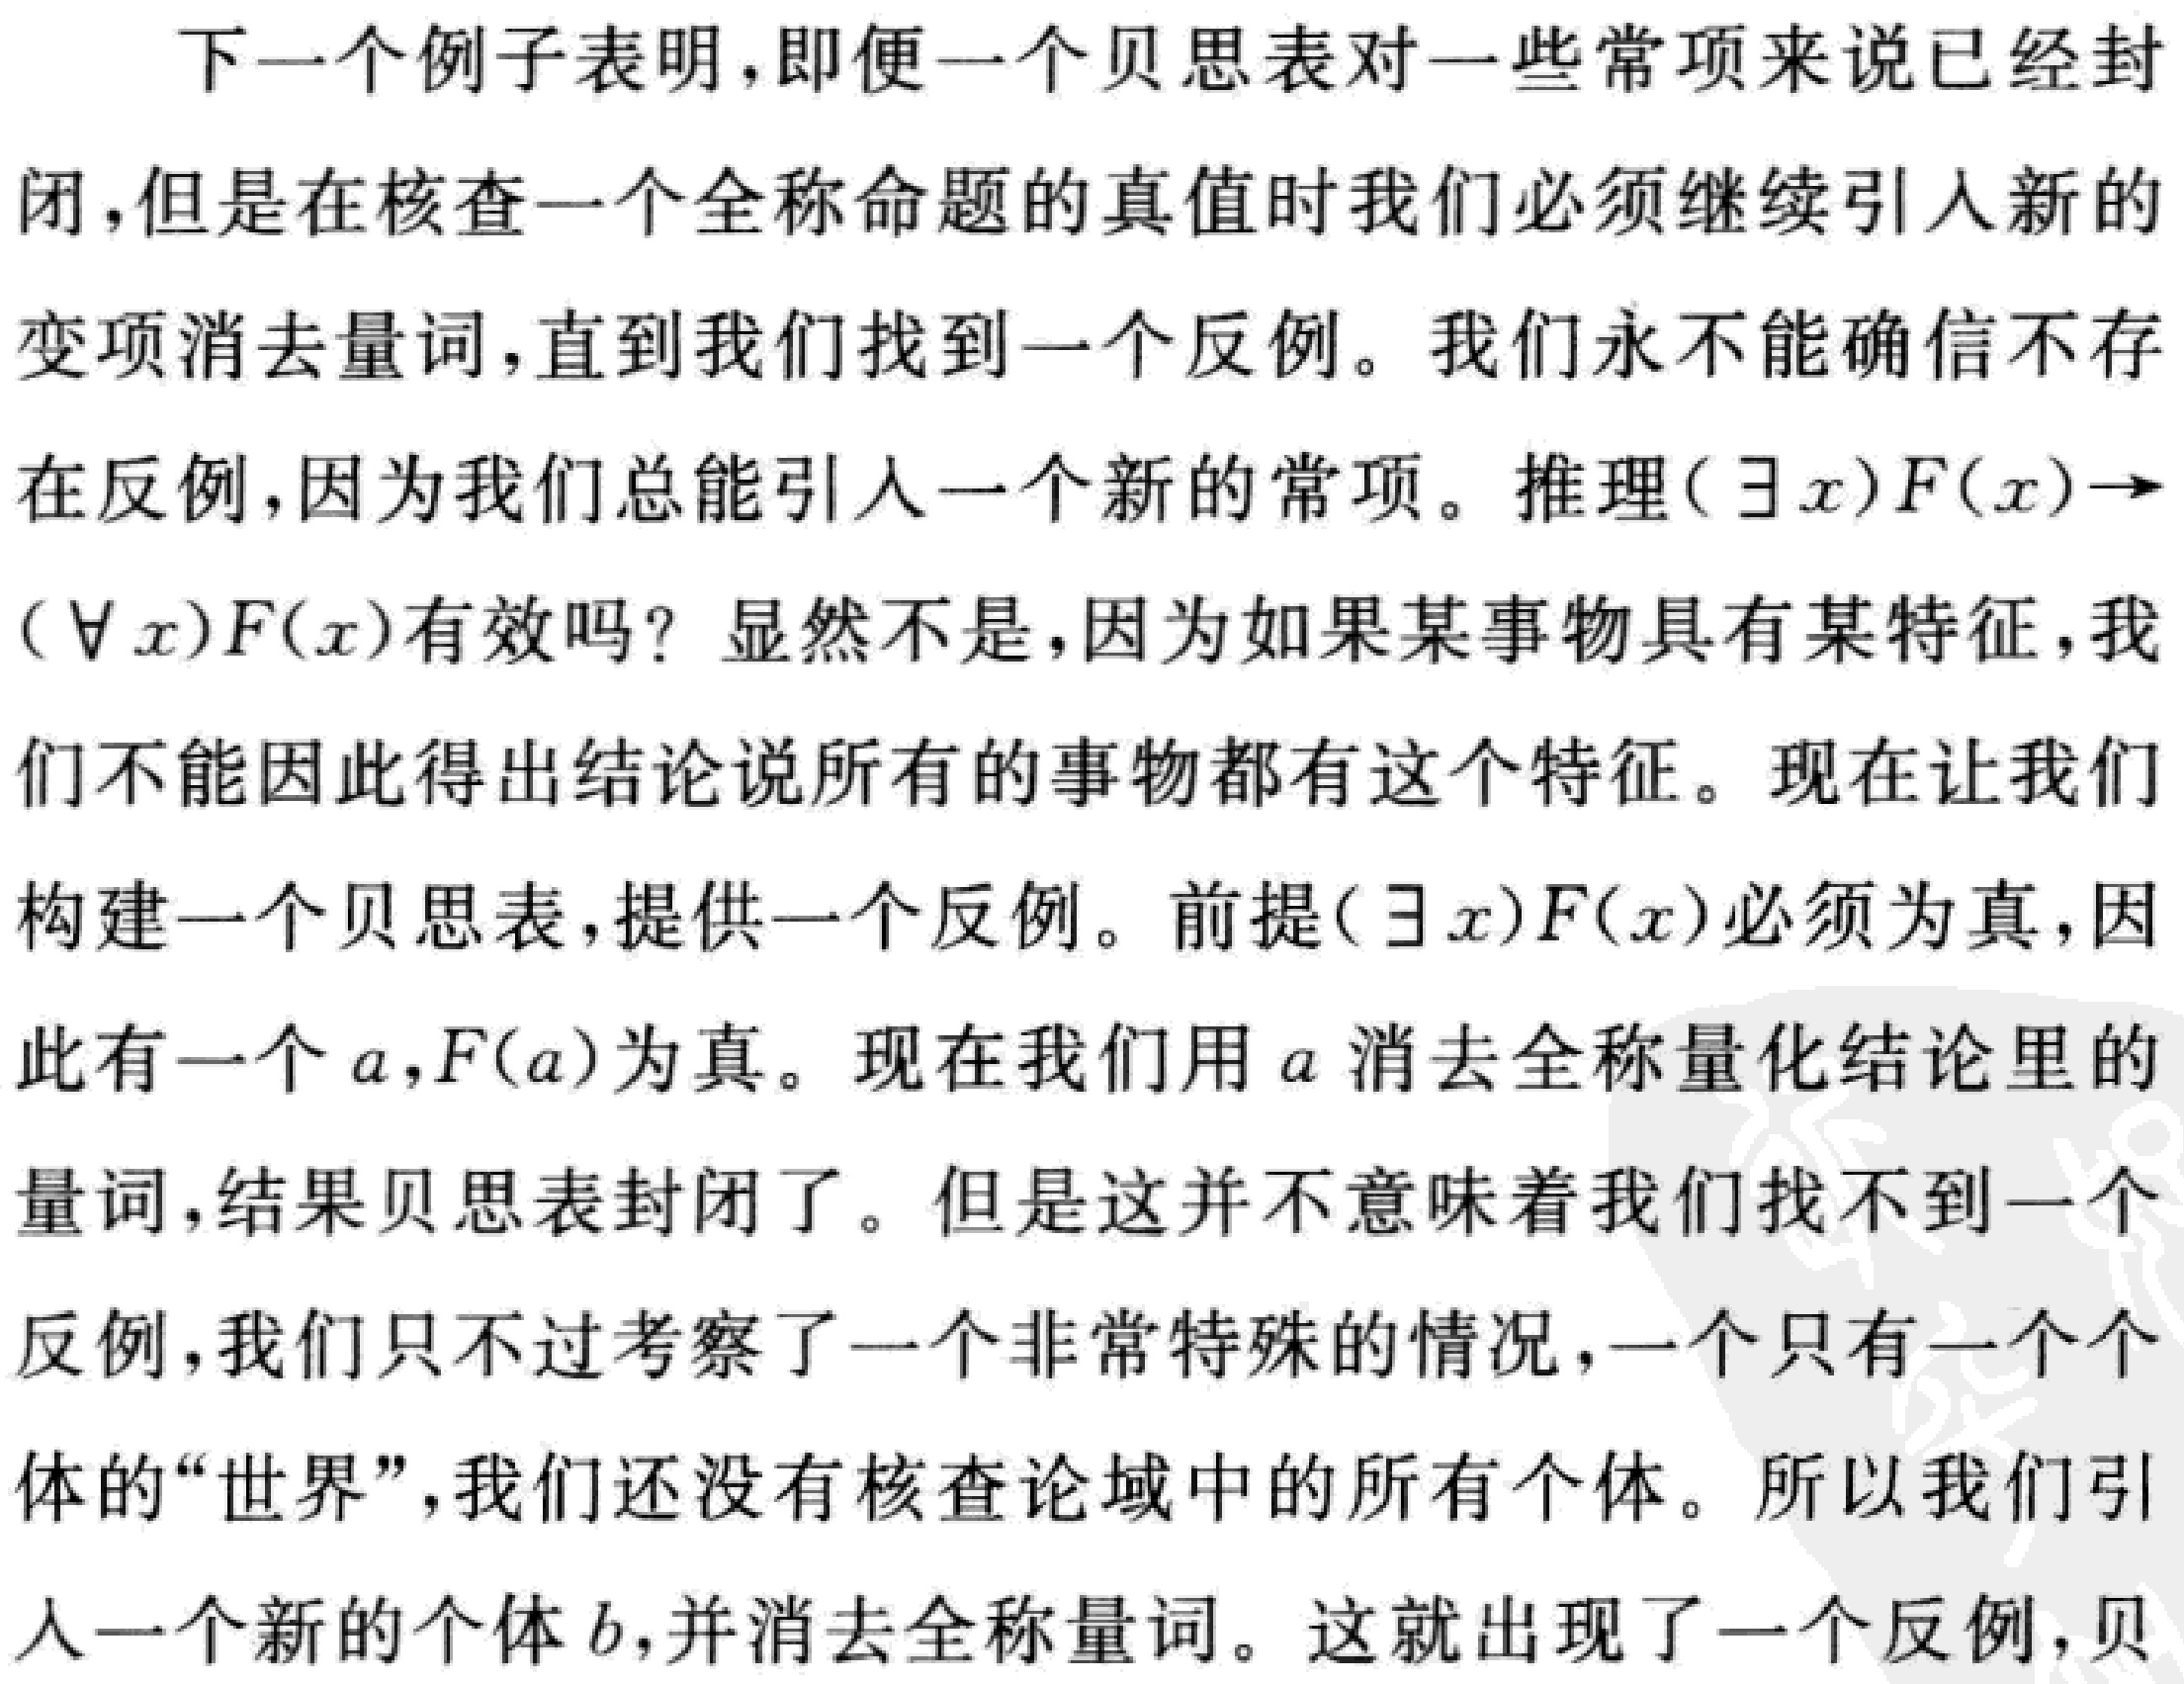
下一个例子表明，即便一个贝思表对一些常项来说已经封闭，但是在核查一个全称命题的真值时我们必须继续引入新的变项消去量词，直到我们找到一个反例。我们永不能确信不存在反例，因为我们总能引入一个新的常项。推理\((\exists x)F(x)\to(\forall x)F(x)\)有效吗？显然不是，因为如果某事物具有某特征，我们不能因此得出结论说所有的事物都有这个特征。现在让我们构建一个贝思表，提供一个反例。前提\((\exists x)F(x)\)必须为真，因此有一个\(a\)，\(F(a)\)为真。现在我们用\(a\)消去全称量化结论里的量词，结果贝思表封闭了。但是这并不意味着我们找不到一个反例，我们只不过考察了一个非常特殊的情况，一个只有一个个体的“世界”，我们还没有核查论域中的所有个体。所以我们引入一个新的个体\(b\)，并消去全称量词。这就出现了一个反例，贝